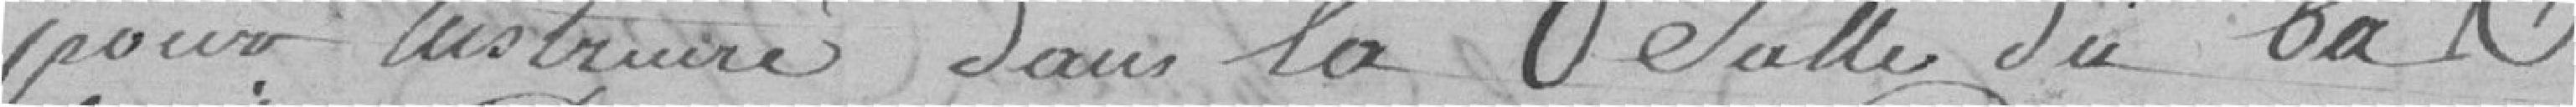
pour instruire dans la salle du bas